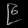
Digit: ၉